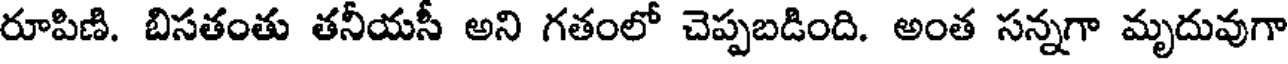
రూపిణి. బిసతంతు తనీయసీ అని గతంలో చెప్పబడింది. అంత సన్నగా మృదువుగా